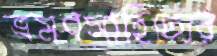
ভ্রমণসাহিত্যের